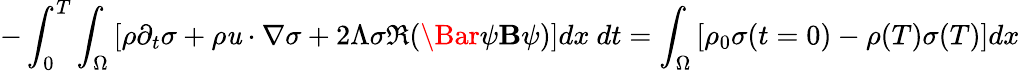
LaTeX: -\int_{0}^{T}\int_{\Omega}\left[\rho\partial_{t}\sigma+\rho\mathit{u}\cdot\nabla\sigma+2\Lambda\sigma\Re(\Bar{\psi}\mathbf{B}\psi)\right]dx\ dt=\int_{\Omega}\left[\rho_{0}\sigma(t=0)-\rho(T)\sigma(T)\right]dx